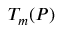
T _ { m } ( P )